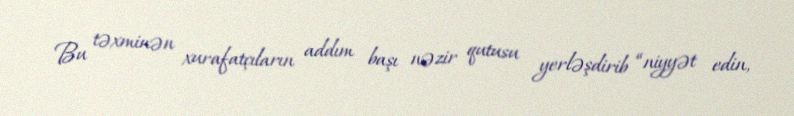
Bu təxminən xurafatçıların addım başı nəzir qutusu yerləşdirib “niyyət edin,